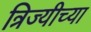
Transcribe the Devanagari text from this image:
त्रिज्यीच्या